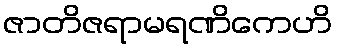
ဇာတိဇရာမရဏိကေဟိ